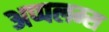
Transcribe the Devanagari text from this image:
अप्पलम्स